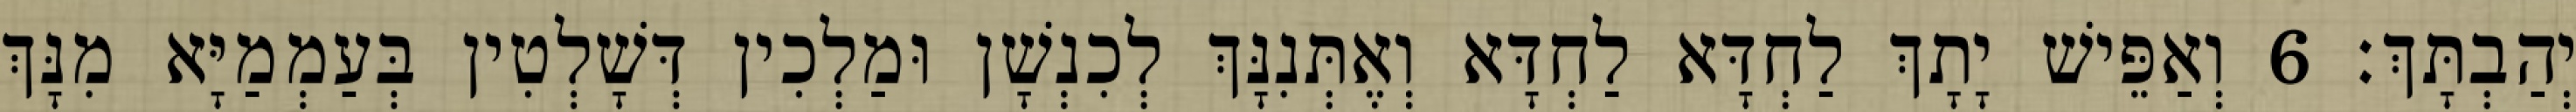
יְהַבְתָּךְ׃ 6 וְאַפֵּישׁ יָתָךְ לַחְדָּא לַחְדָּא וְאֶתְּנִנָּךְ לְכִנְשָׁן וּמַלְכִין דְּשָׁלְטִין בְּעַמְמַיָּא מִנָּךְ